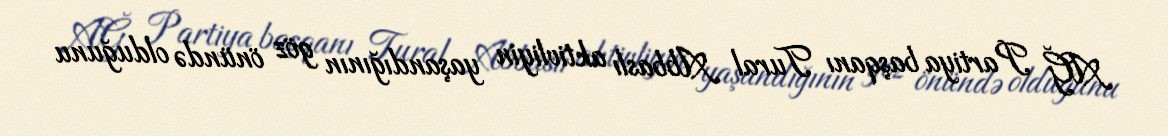
AĞ Partiya başqanı Tural Abbaslı aktivliyin yaşandığının göz önündə olduğunu